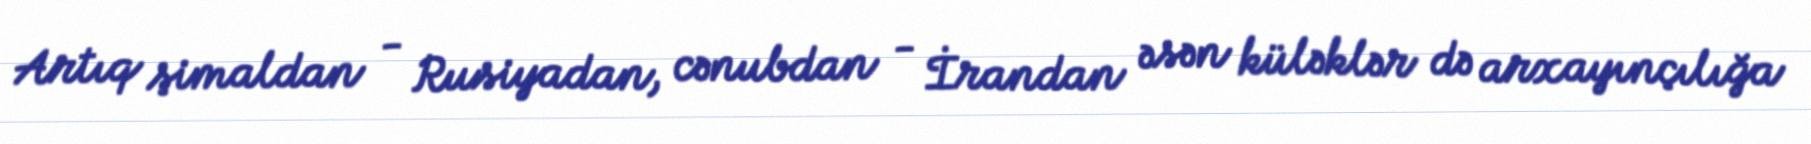
Artıq şimaldan - Rusiyadan, cənubdan - İrandan əsən küləklər də arxayınçılığa